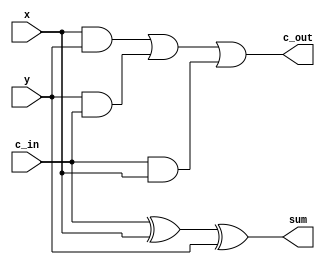
module q1fa(c_in, x, y, sum, c_out);
    input c_in, x, y;
    output sum, c_out;
    assign sum = c_in ^ x ^ y;
    assign c_out = (x & y) | (y & c_in) | (c_in & x);
endmodule